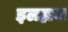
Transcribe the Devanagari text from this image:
इलहाल